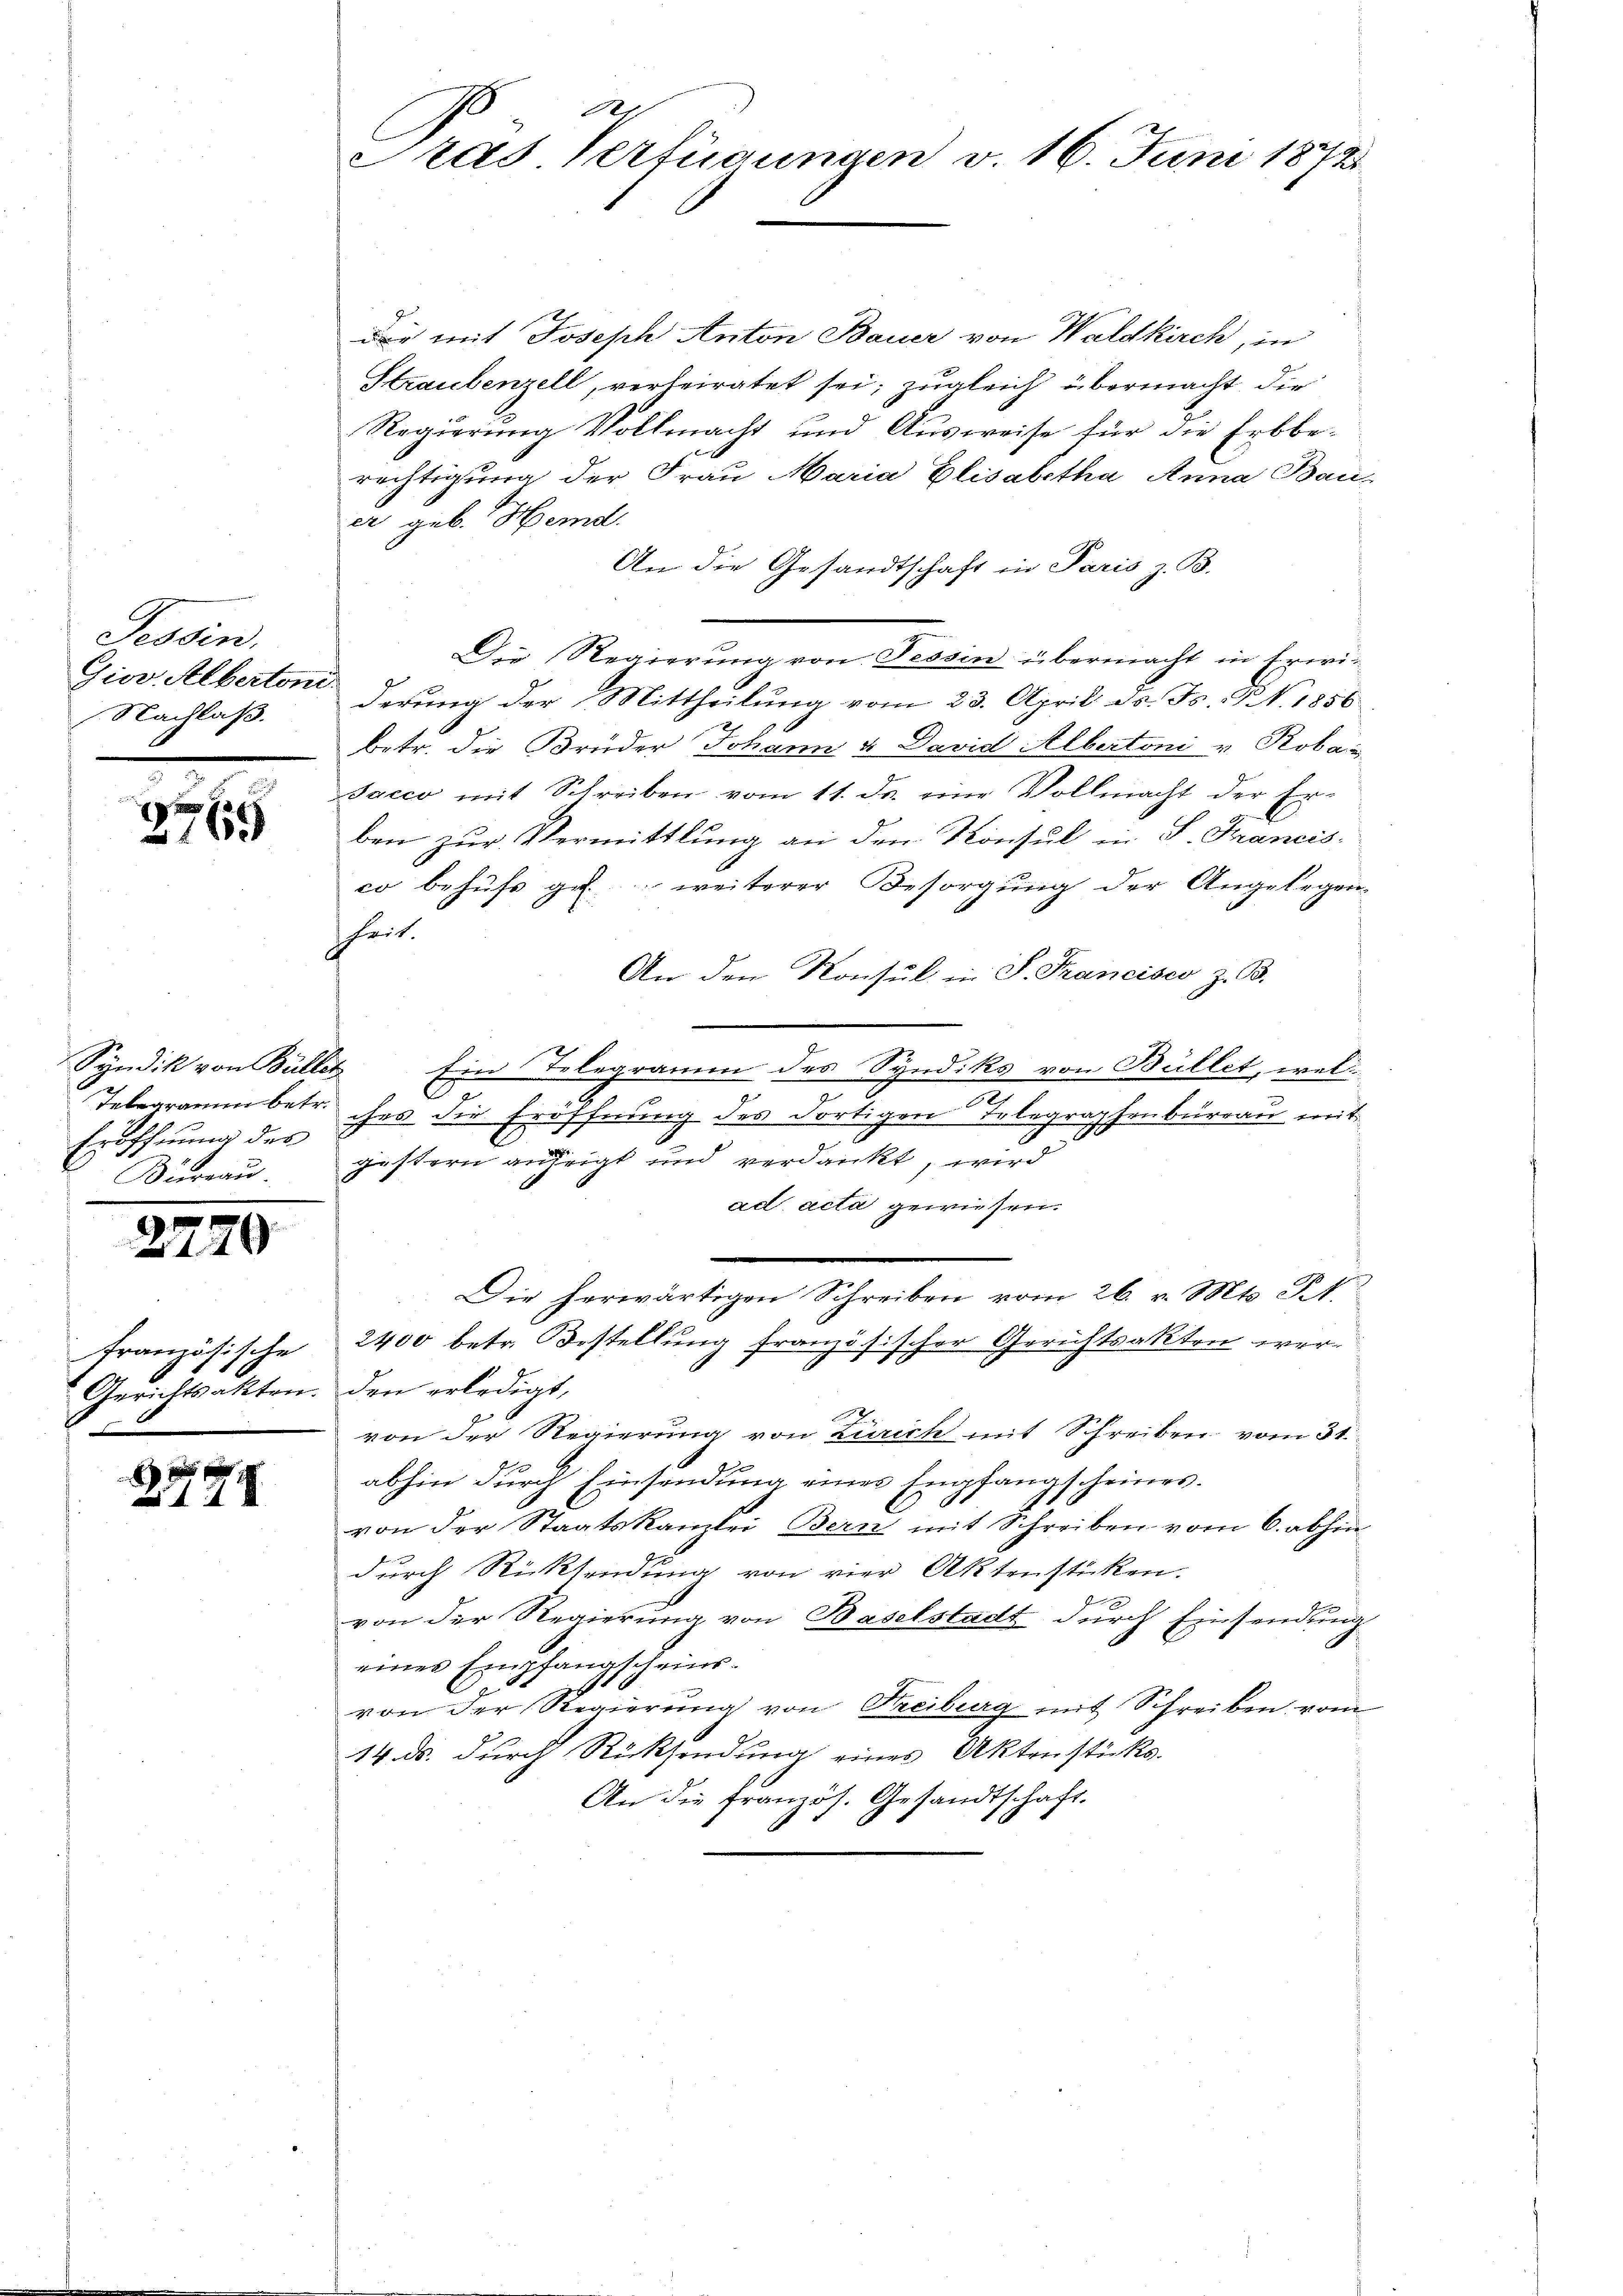
Tessin,
Gior. Alberton
Nachlaß.

2765

Syndik von Büller
Telegramm betr.
Eröffnung des
Büreau.
.

120

französische
Gerichtsakten.

x
14 x

A
ras Verfügungen v. 16. Juni 1872

der mit Joseph Anton Bauer von Waldkirch, in
Straubenzell, verheiratet sei; zugleich übermacht, die
Regierung Vollmacht und Ausweise für die Erbberechtigung der Frau Maria Elisabetha Anna Bauer geb. Hemd.
An die Gesandtschaft in Paris z. B.
Die Regierung von Tessin übermacht in Erwiderung der Mittheilung vom 23. April ds. Fs. N. 1856
betr. die Brüder Johann & David Albertoni u. Roban
sacco mit Schreiben vom 11. ds. eine Vollmacht der Erben zur Vermittlung an den Konsul in S. Francisco behŭfs zu weiterer Besorgung der Angelegen-
heit.
An den Konsul in S. Francisco z. B.
Ein Telegramm des Syndiks von Büllet, wel
o
2
ches die Eröffnung des dortigen Telegraphenbureau mit
gestern anzeigt und verdankt, wird
ad acta gewiesen.
Die herwärtigen Schreiben vom 26. v. Mts. St.
2400 betr. Bestellung französischer Gerichtsakten werden erledigt,
von der Regierung von Zürich mit Schreiben vom 31.
abhin durch Einsendung einer Empfangscheines.
von der Staatskanzlei Bern mit Schreiben vom 6. abhin
durch Rücksendung von vier Aktenstücken.
x
von der Regierung von Baselstadt durch Einsendung
eines Empfangscheinsvon der Regierung von Freiburg mit Schreiben vom
14. ds. durch Rücksendung eines Aktensticks.
An die französ. Gesandtschaft.